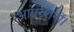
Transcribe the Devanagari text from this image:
आपरेशनों।